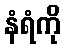
နံရံကို